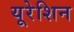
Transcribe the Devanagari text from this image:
यूरेशिन